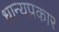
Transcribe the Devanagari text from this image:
धान्यप्रकार